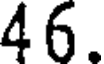
46.